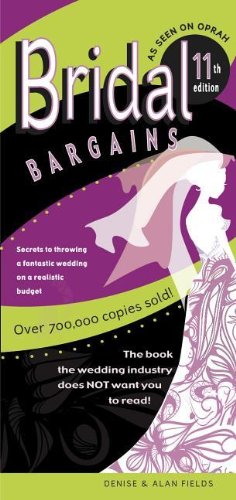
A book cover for Bridal Bargains: Secrets To Planning A Fantastic Wedding on a Realistic Budget; Denise Fields; Crafts, Hobbies & Home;